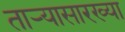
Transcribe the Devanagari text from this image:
ताऱ्यासारख्या